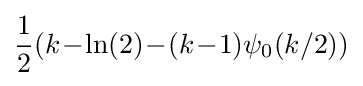
{\frac {1}{2}}(k\!-\!\ln(2)\!-\!(k\!-\!1)\psi _{0}(k/2))